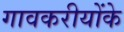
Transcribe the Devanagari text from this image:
गावकरीयोंके